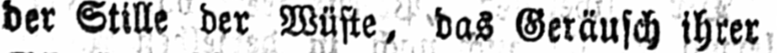
der Stille der Wüste, das Geräusch ihrer